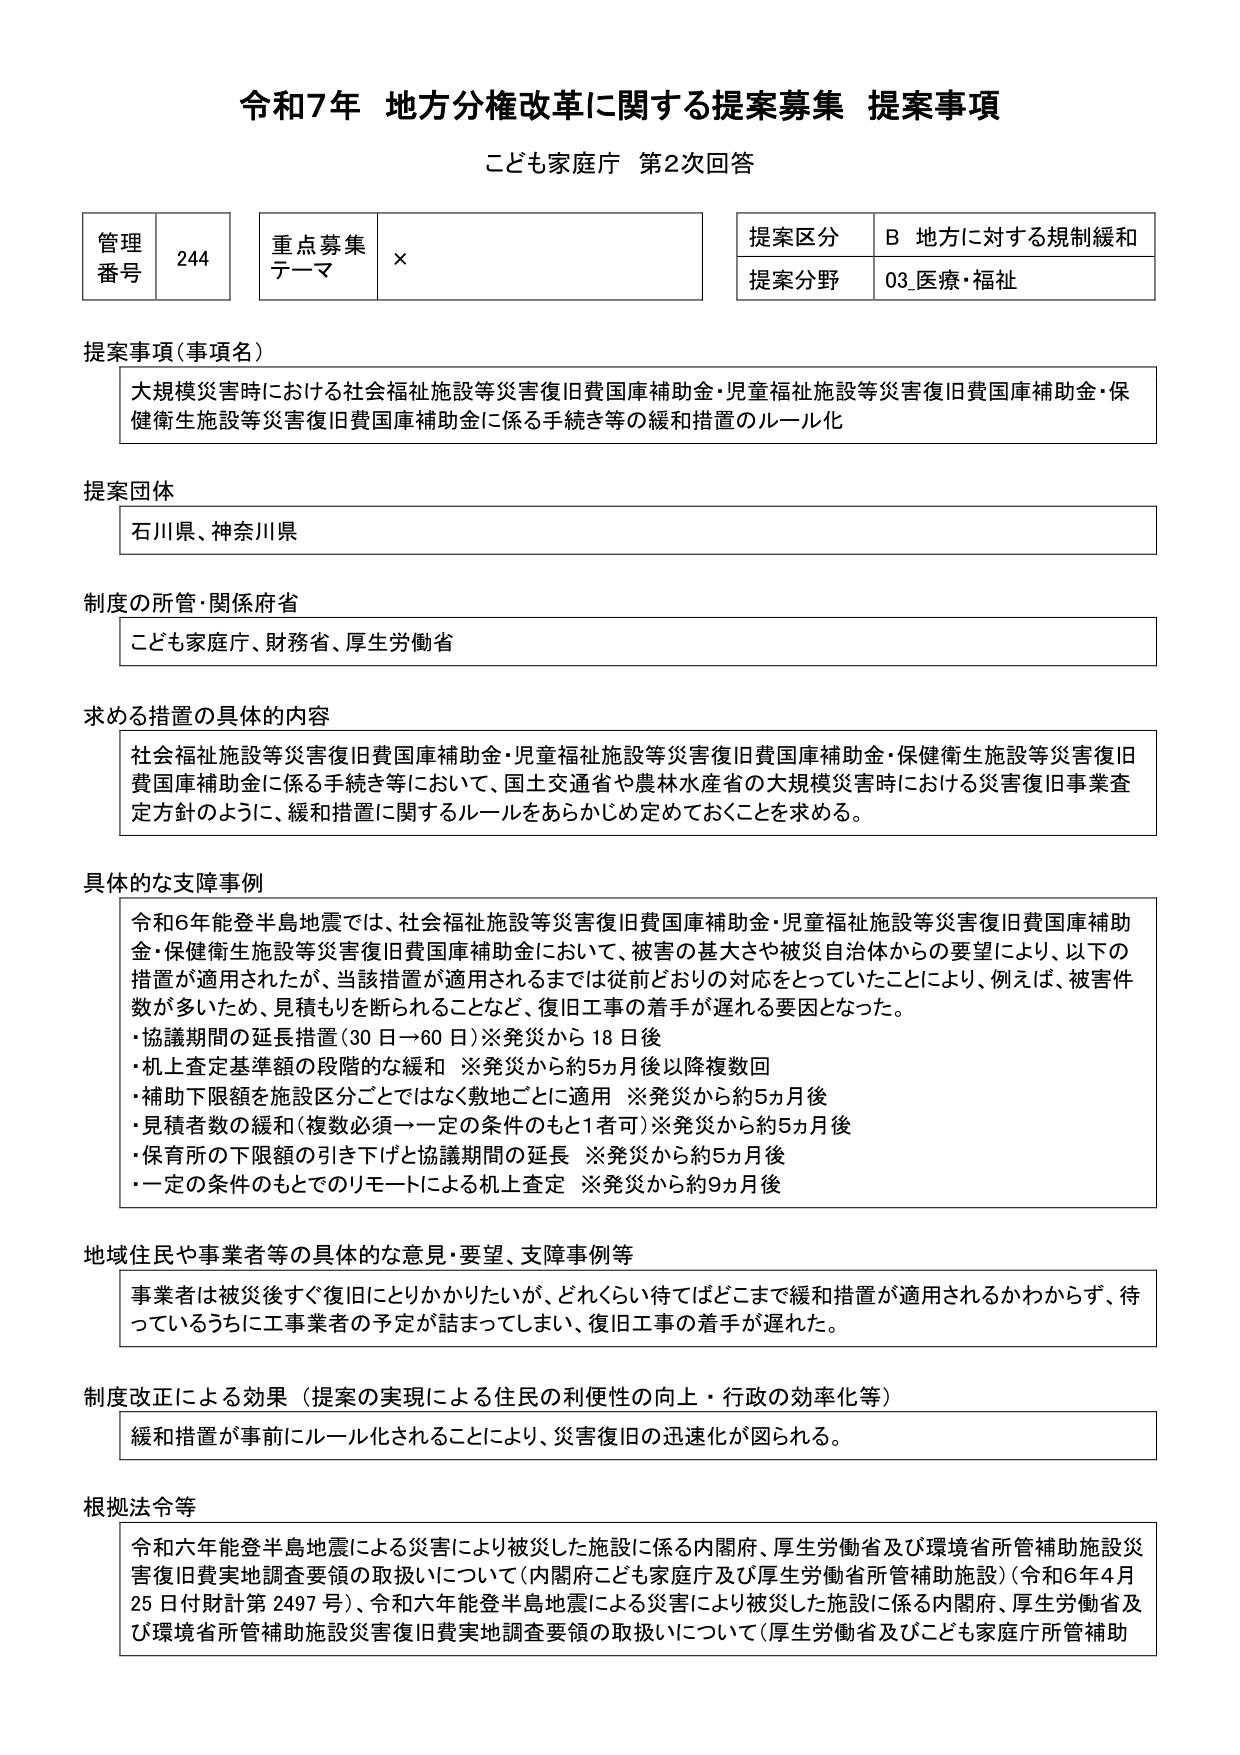
令和7年 地方分権改革に関する提案募集 提案事項
こども家庭庁 第2次回答

管理番号 244
重点募集テーマ ×
提案区分 B 地方に対する規制緩和
提案分野 03_医療・福祉

提案事項（事項名）
大規模災害時における社会福祉施設等災害復旧費国庫補助金・児童福祉施設等災害復旧費国庫補助金・保健衛生施設等災害復旧費国庫補助金に係る手続き等の緩和措置のルール化

提案団体
石川県、神奈川県

制度の所管・関係府省
こども家庭庁、財務省、厚生労働省

求める措置の具体的内容
社会福祉施設等災害復旧費国庫補助金・児童福祉施設等災害復旧費国庫補助金・保健衛生施設等災害復旧費国庫補助金に係る手続き等において、国土交通省や農林水産省の大規模災害時における災害復旧事業査定方針のように、緩和措置に関するルールをあらかじめ定めておくことを求める。

具体的な支障事例
令和6年能登半島地震では、社会福祉施設等災害復旧費国庫補助金・児童福祉施設等災害復旧費国庫補助金・保健衛生施設等災害復旧費国庫補助金において、被害の甚大さや被災自治体からの要望により、以下の措置が適用されたが、当該措置が適用されるまでは従前どおりの対応をとっていたことにより、例えば、被害件数が多いため、見積もりを断られることなど、復旧工事の着手が遅れる要因となった。
・協議期間の延長措置（30日→60日）※発災から18日後
・机上査定基準額の段階的な緩和 ※発災から約5ヵ月後以降複数回
・補助下限額を施設区分ごとではなく敷地ごとに適用 ※発災から約5ヵ月後
・見積者数の緩和（複数必須→一定の条件のもと1者可）※発災から約5ヵ月後
・保育所の下限額の引き下げと協議期間の延長 ※発災から約5ヵ月後
・一定の条件のもとでのリモートによる机上査定 ※発災から約9ヵ月後

地域住民や事業者等の具体的な意見・要望、支障事例等
事業者は被災後すぐ復旧にとりかかりたいが、どれくらい待てばどこまで緩和措置が適用されるかわからず、待っているうちに工事業者の予定が詰まってしまい、復旧工事の着手が遅れた。

制度改正による効果（提案の実現による住民の利便性の向上・行政の効率化等）
緩和措置が事前にルール化されることにより、災害復旧の迅速化が図られる。

根拠法令等
令和六年能登半島地震による災害により被災した施設に係る内閣府、厚生労働省及び環境省所管補助施設災害復旧費実地調査要領の取扱いについて（内閣府こども家庭庁及び厚生労働省所管補助施設）（令和6年4月25日付財計第2497号）、令和六年能登半島地震による災害により被災した施設に係る内閣府、厚生労働省及び環境省所管補助施設災害復旧費実地調査要領の取扱いについて（厚生労働省及びこども家庭庁所管補助